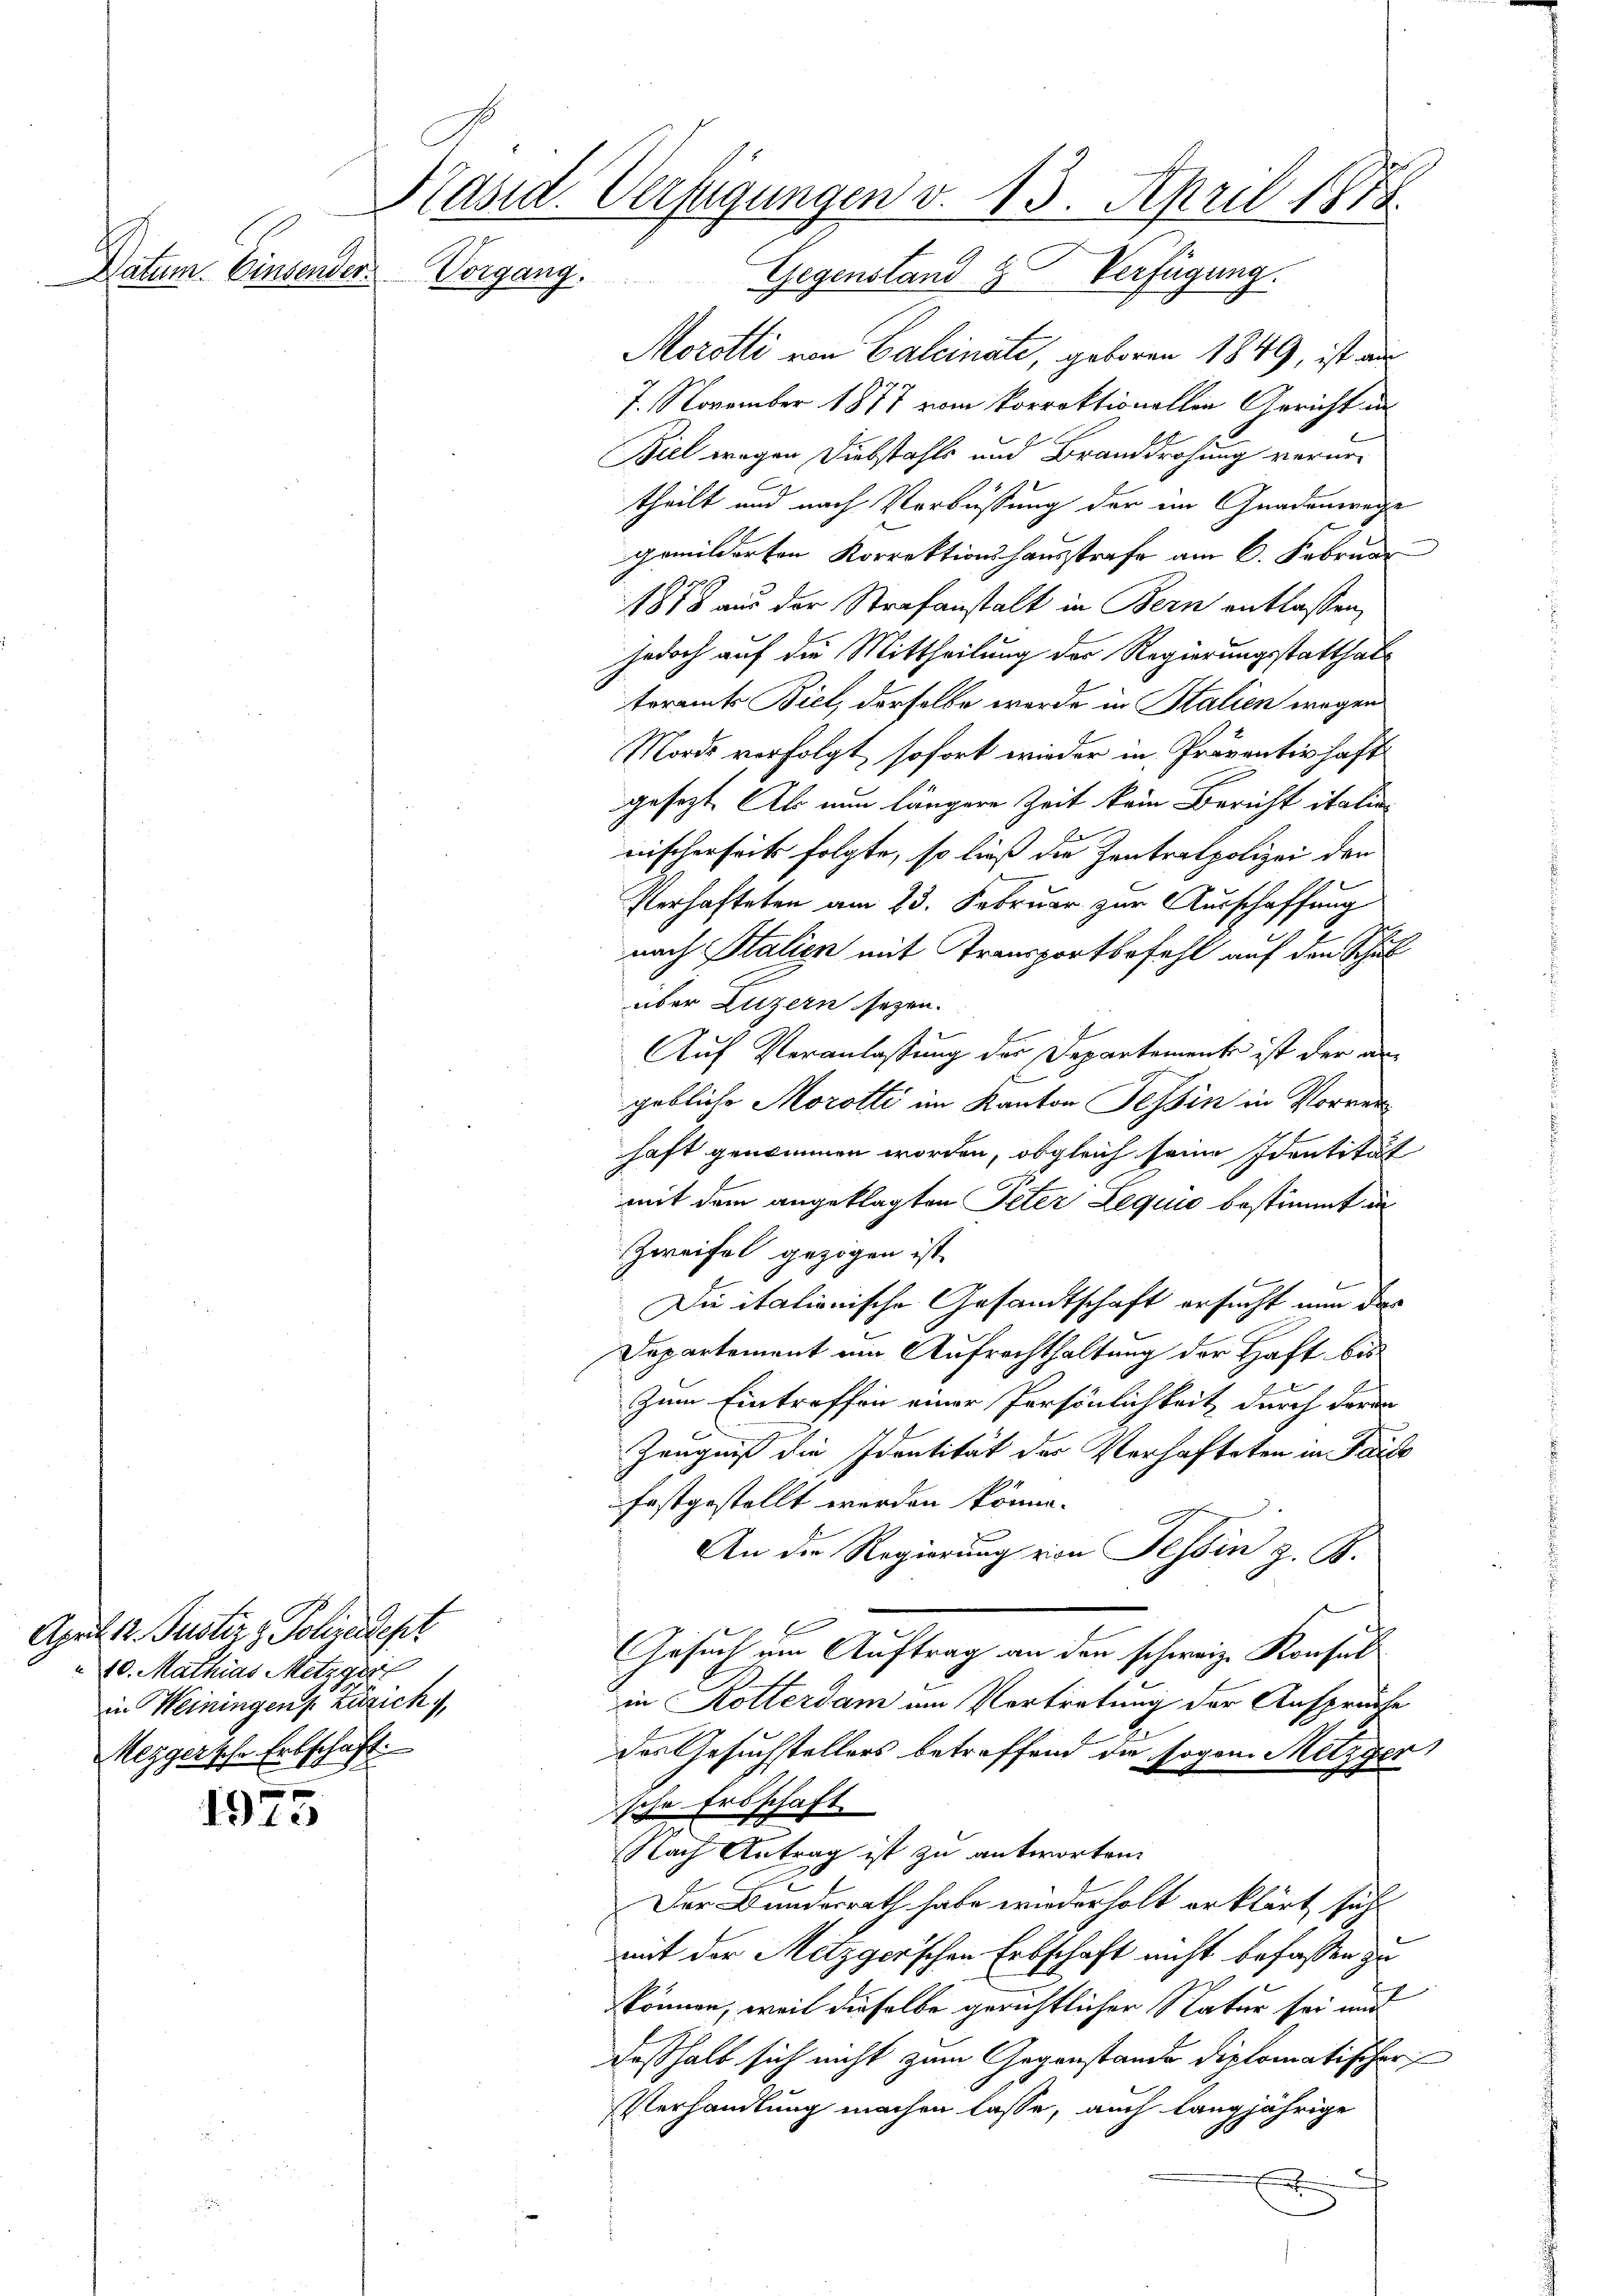
Datum. Einsender

1915

Kasid. Verfügungen v. 13. April 1878.
Vorgang. Gegenstand & Verfügung.

April 12. Justiz & Polizeiklehr
 20. Mathias Metzgerl
in Weiningen Zusich
Meggersche Erbschäft.

Morotti von Calcinate, geboren 1849, ist aus
7. November 1877 vom korrektionellen Gericht in
Biel wegen Diebstahls und Branddrohung verurtheilt und nach Verbüssung der im Gnadenwege
gemilderten Korrektionshausstrafe am 6. Februar
1878 aus der Strafanstalt in Bern entlassen,
jedoch auf die Mittheilung der Regierungsstatthalteramts Biel, derselbe werde in Stalien wegen
Mords verfolgt, sofort wieder in Präventishaft
gesezt. Als nun längere Zeit kein Bericht italin
nischerheits folgte, so ließ die Zentratpolizei der
Verhafteten am 23. Februar zur Ausschaffung
nach Stalien mit Transportbefehl auf den Schul
über Luzern seyen.
Auf Veranlassung der Departement ist der anxx
gebliche Morotti im Kanton Tessin in Vorreihaft genommen worden, obgleich seine Identität
mit dem angeklagten Peter Lequis bestimmt in
Zweifel gezogen ist.
Die italionische Gesandtschaft ersucht nun das
Departement um Aufrechthaltung der Haft bis
Zum Eintreffen einer Persönlichkeit durch daran
Zeugniß die Identität des Verhafteten in Parte
festgestellt werden könne.
An die Regierung von Tessin z. B.
Arsuch um Auftrag an den schweiz. Konsul
in Rotterdam am Vortretung der Anspruche
des Gesuchstellers betreffend die sogen Metzger
sche Erbschaft
Nach Antrag ist zu antworten.
Der Bundesrath habe wiederholt erklärt sich
mit der Metzger’schen Erbschaft nicht befassen zu
können, weil dieselbe gerichtlicher Natur sei mit
deßhalb sich nicht zum Gegenstande diplomatischer
Verhandlung machen lasse, auch langjährige